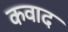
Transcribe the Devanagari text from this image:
कवाद